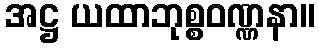
အဋ္ဌ ယထာဘုစ္စဝဏ္ဏနာ။